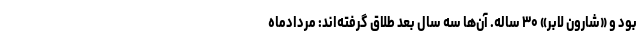
بود و «شارون لابر» ۳۰ ساله. آن‌ها سه سال بعد طلاق گرفته‌اند: مردادماه